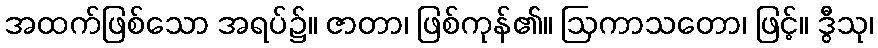
အထက်ဖြစ်သော အရပ်၌။ ဇာတာ၊ ဖြစ်ကုန်၏။ ဩကာသတော၊ ဖြင့်။ ဒွီသု၊